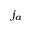
j _ { a }